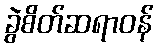
ခွဲစိတ်ဆရာဝန်